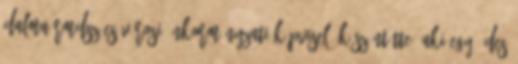
Dalma RMDSZ-es városi önkormányzati képviselő köszöntötte, aki egy édes